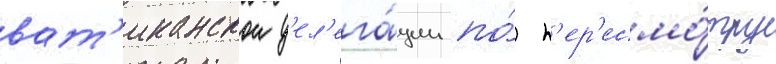
ват'иканскои д'ел'ега́ции по́ п'ер'есмо́тру